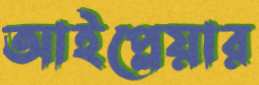
আইপ্লেয়ার